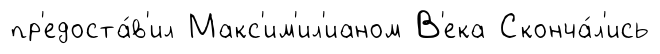
пр'едоста́в'ил Макс'им'ил'ианом В'ека Сконча́л'ись